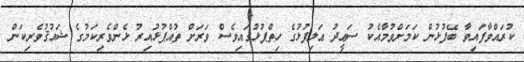
ކުރައްވާފައިވާ ބޭފުޅުން ކަމަށްވުމާއެކު ސަޢީދު ޢަލިފުޅުގެ ހިތްޕުޅުގައިވެސް ވަރަށް ތުއްޕުޅުއިރު ޅެންވެރިކަމުގެ ޝައުޤުވެރިކަން